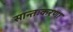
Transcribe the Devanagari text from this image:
सान्तःकरणा